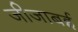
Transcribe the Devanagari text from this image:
जीजाबई